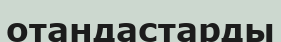
отандастарды